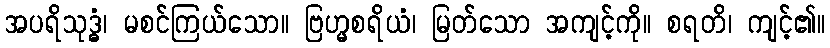
အပရိသုဒ္ဓံ၊ မစင်ကြယ်သော။ ဗြဟ္မစရိယံ၊ မြတ်သော အကျင့်ကို။ စရတိ၊ ကျင့်၏။